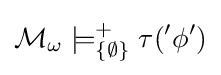
{\mathcal {M}}_{\omega }\models _{\{\emptyset \}}^{+}\tau ('\phi ')